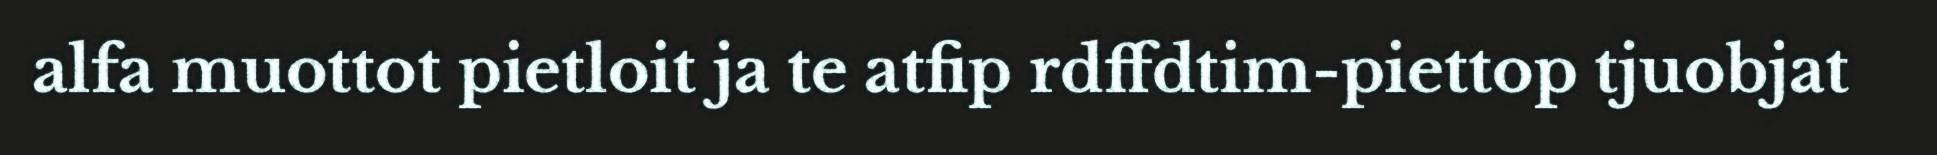
alfa muottot pietloit ja te atfip rdffdtim-piettop tjuobjat